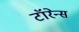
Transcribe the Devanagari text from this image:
टॉरेन्स